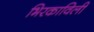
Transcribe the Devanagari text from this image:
भिरकाविली